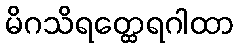
မိဂသိရတ္ထေရဂါထာ